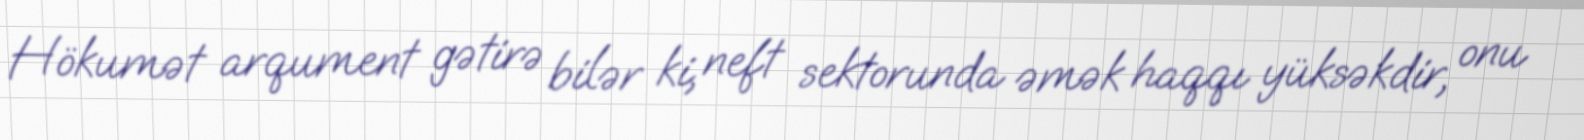
Hökumət arqument gətirə bilər ki, neft sektorunda əmək haqqı yüksəkdir, onu